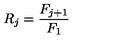
R _ { j } = \frac { F _ { j + 1 } } { F _ { 1 } }